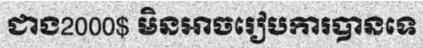
ជាង2000$ មិនអាចរៀបការបានទេ